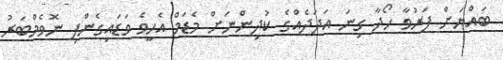
ބައްޔަށް ފަރުވާ ހޯދާ ގިނަ އަދަދެއްގެ ކުދިންނަށް މެޑަމް އެހީވެ ވަޑައިގެންފި ނޮވެމްބަރު